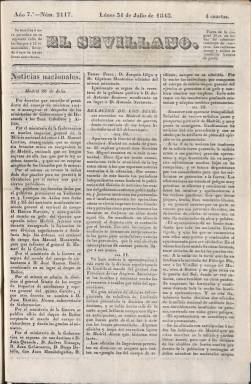
Título: El Sevillano (Sevilla)
Colección: Periódicos anteriores a 1850
Ámbito geográfico: Sevilla
Lugar de publicación: Sevilla
Fechas: 31/07/1843-31/07/1843